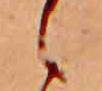
ゝ